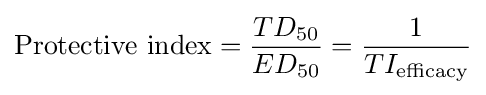
{\text{Protective index}}={\frac {TD_{50}}{ED_{50}}}={\frac {1}{TI_{\text{efficacy}}}}